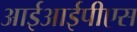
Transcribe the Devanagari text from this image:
आईआईपीएस